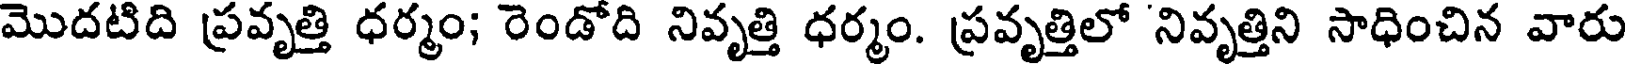
మొదటిది ప్రవృత్తి ధర్మం; రెండోది నివృత్తి ధర్మం. ప్రవృత్తిలో నివృత్తిని సాధించిన వారు